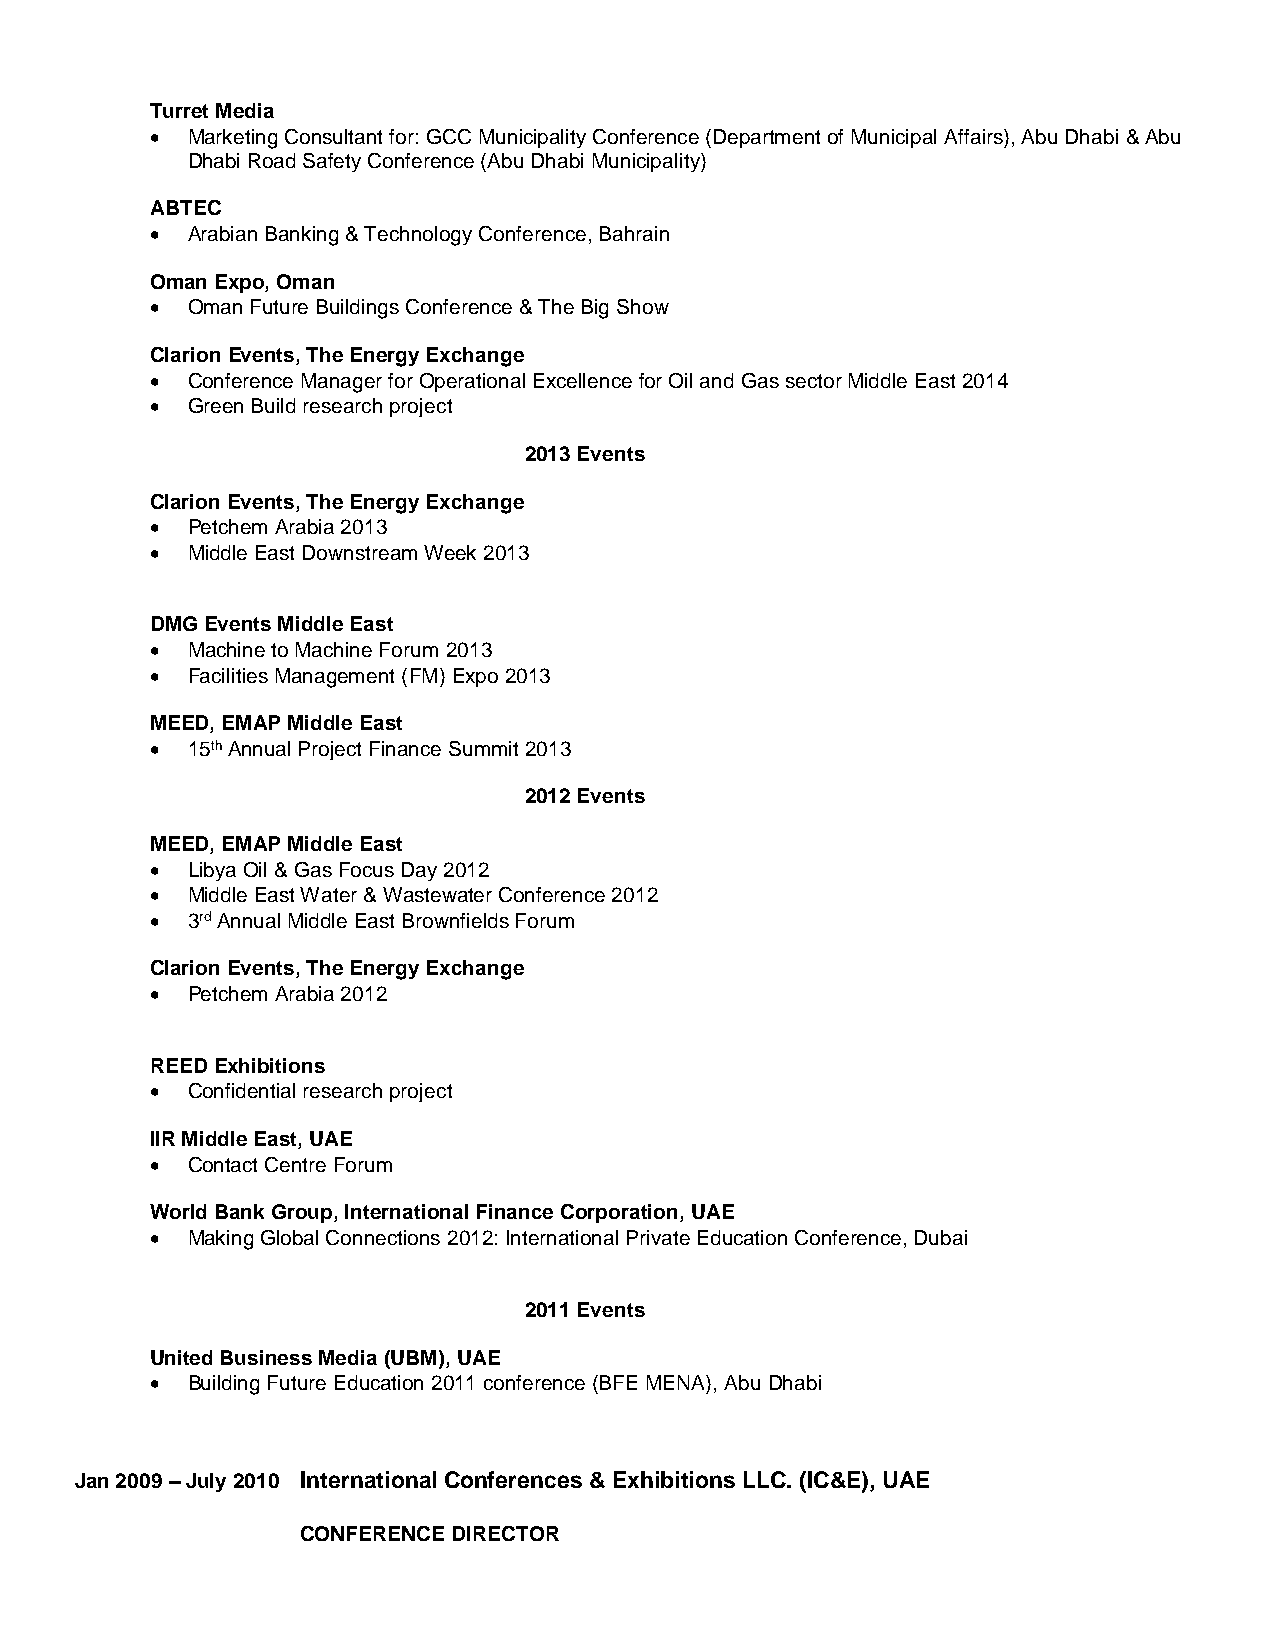
Turret Media
  Marketing Consultant for: GCC Municipality Conference (Department of Municipal Affairs), Abu Dhabi & Abu
 Dhabi Road Safety Conference (Abu Dhabi Municipality)
 ABTEC
  Arabian Banking & Technology Conference, Bahrain
 Oman Expo, Oman
  Oman Future Buildings Conference & The Big Show
 Clarion Events, The Energy Exchange
  Conference Manager for Operational Excellence for Oil and Gas sector Middle East 2014
  Green Build research project
 2013 Events
 Clarion Events, The Energy Exchange
  Petchem Arabia 2013
  Middle East Downstream Week 2013
 DMG Events Middle East
  Machine to Machine Forum 2013
  Facilities Management (FM) Expo 2013
 MEED, EMAP Middle East
  15th Annual Project Finance Summit 2013
 2012 Events
 MEED, EMAP Middle East
  Libya Oil & Gas Focus Day 2012
  Middle East Water & Wastewater Conference 2012
  3rd Annual Middle East Brownfields Forum
 Clarion Events, The Energy Exchange
  Petchem Arabia 2012
 REED Exhibitions
  Confidential research project
 IIR Middle East, UAE
  Contact Centre Forum
 World Bank Group, International Finance Corporation, UAE
  Making Global Connections 2012: International Private Education Conference, Dubai
 2011 Events
 United Business Media (UBM), UAE
  Building Future Education 2011 conference (BFE MENA), Abu Dhabi
 Jan 2009 – July 2010 International Conferences & Exhibitions LLC. (IC&E), UAE
 CONFERENCE DIRECTOR